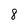
Character: 8